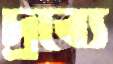
দ্রব্যে